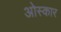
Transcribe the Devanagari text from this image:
ओस्कार